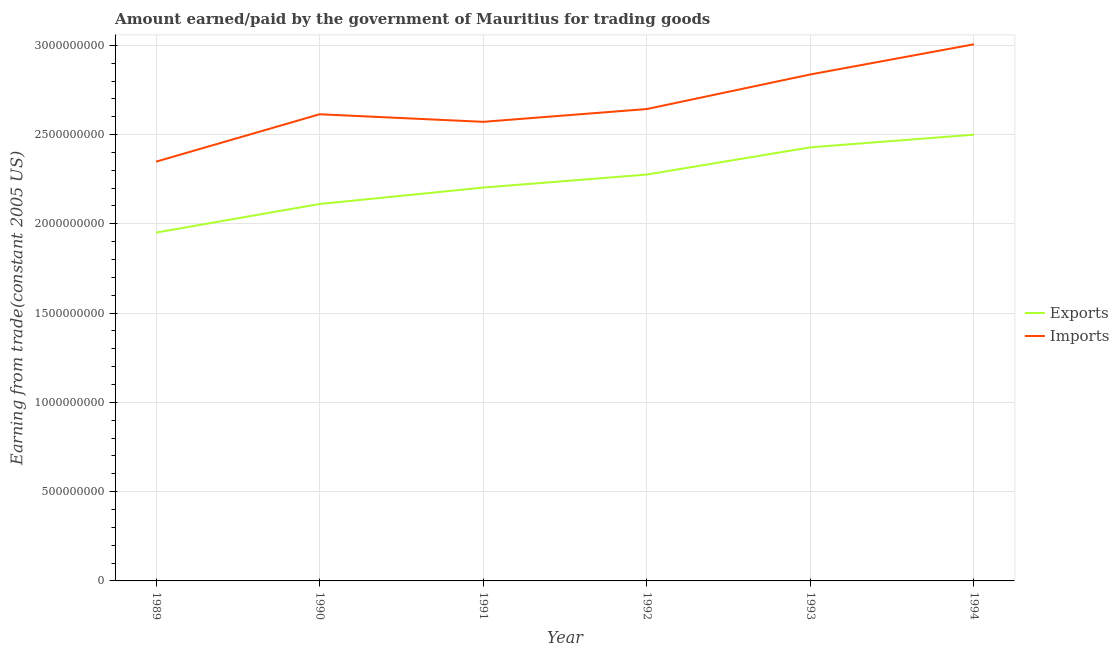
| Year | Exports | Imports |
 | --- | --- | --- |
 | 1989 | 1.95e+09 | 2.35e+09 |
 | 1990 | 2.11e+09 | 2.61e+09 |
 | 1991 | 2.2e+09 | 2.57e+09 |
 | 1992 | 2.28e+09 | 2.64e+09 |
 | 1993 | 2.43e+09 | 2.84e+09 |
 | 1994 | 2.5e+09 | 3.01e+09 |